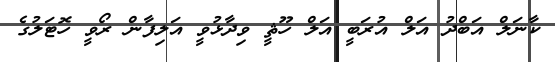
ކާނަލް އަބްދު އަލް އުރަބީ އަލް ހޫޘީ ވިދާޅުވީ އަލިފާން ރޯވީ ހޮޓަލުގެ